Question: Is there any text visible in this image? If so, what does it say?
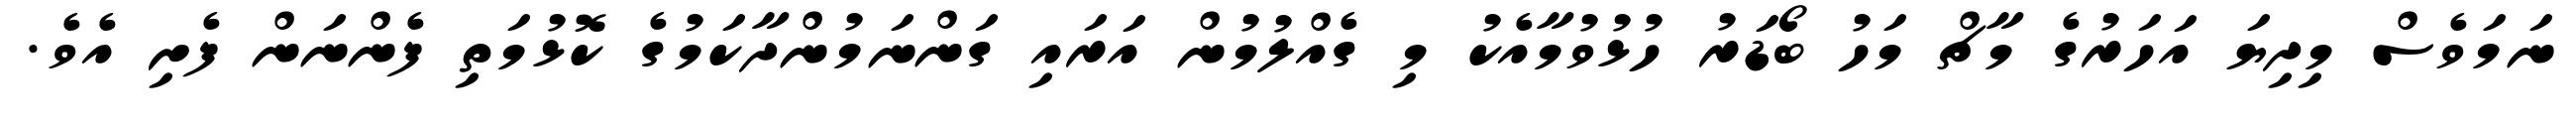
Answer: ނަމަވެސް މިދިޔަ އަހަރުގެ މާޗް މަހު ބޯޑަރު ހުޅުވުމާއެކު މި ގެއްލުމުން އަރައި ގަންނަމުންދާކަމުގެ ކޮޅުމަތި ފެންނަން ފެށި އެވެ.